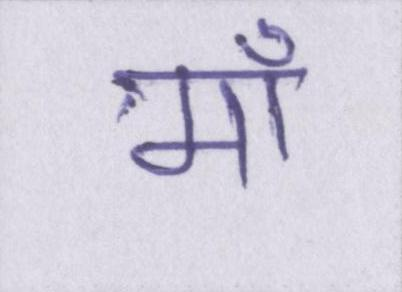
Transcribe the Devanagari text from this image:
माँ